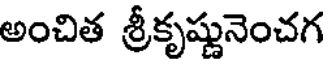
అంచిత శ్రీకృష్ణునెంచగ